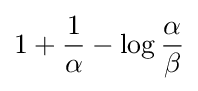
1+{\frac {1}{\alpha }}-\log {\frac {\alpha }{\beta }}